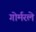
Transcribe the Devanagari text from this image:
गोर्मरले